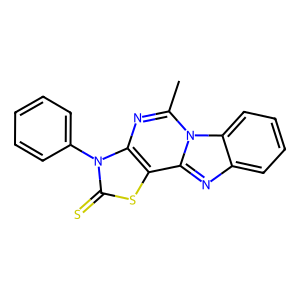
SMILES: Cc1nc2c(sc(=S)n2-c2ccccc2)c2nc3ccccc3n12
Inhibits HIV replication: No